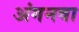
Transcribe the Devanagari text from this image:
अंगनवा